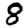
Digit: 8